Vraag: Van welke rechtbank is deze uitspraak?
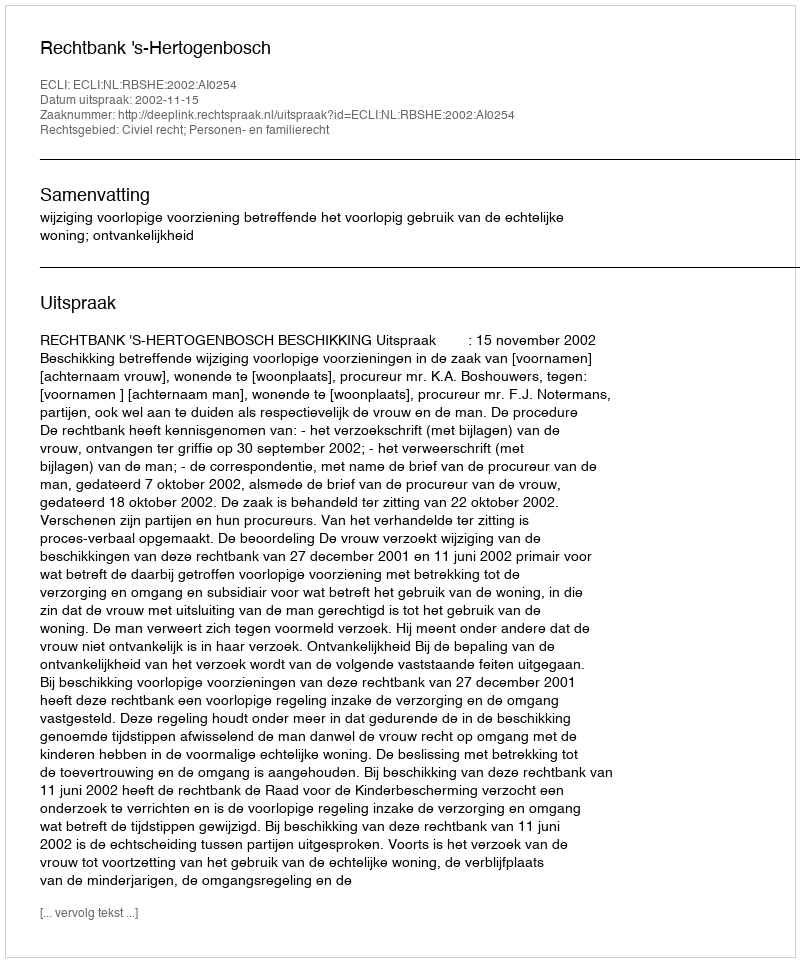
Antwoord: Rechtbank 's-Hertogenbosch